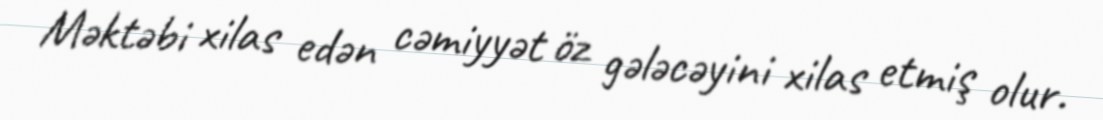
Məktəbi xilas edən cəmiyyət öz gələcəyini xilas etmiş olur.